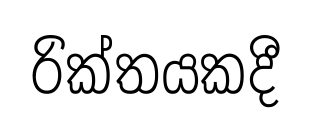
රික්තයකදී